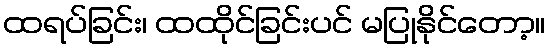
ထရပ်ခြင်း၊ ထထိုင်ခြင်းပင် မပြုနိုင်တော့။